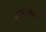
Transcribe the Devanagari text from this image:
टर्नरच्या